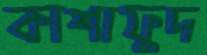
কাশাফুদ